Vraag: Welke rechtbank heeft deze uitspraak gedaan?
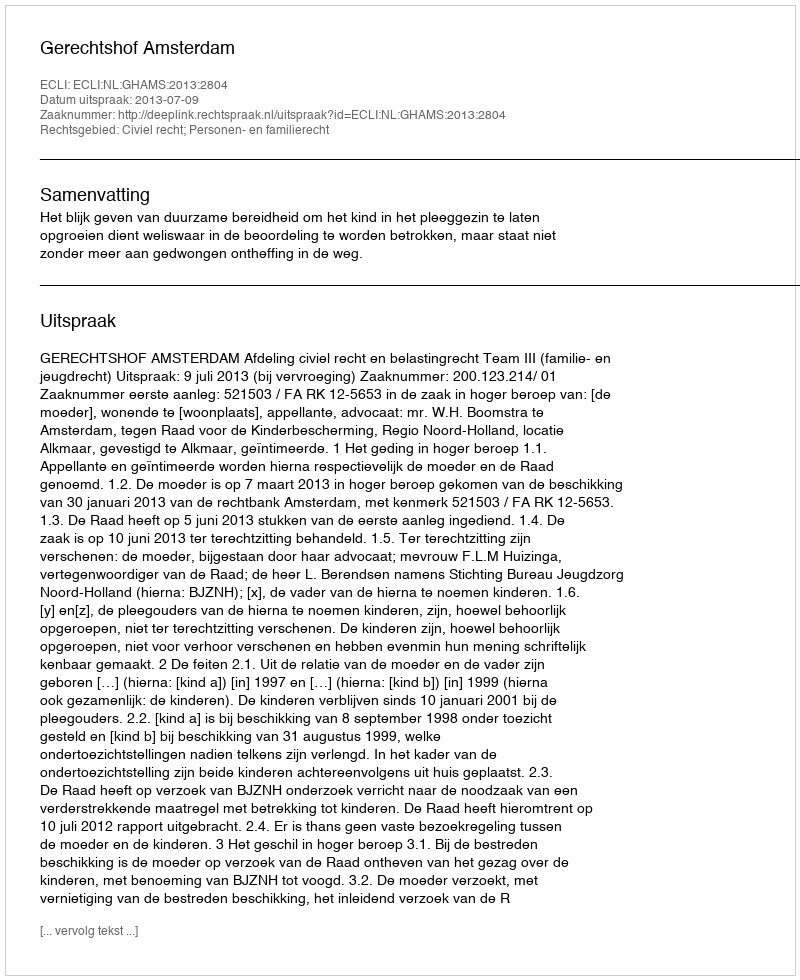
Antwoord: Gerechtshof Amsterdam